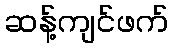
ဆန့်ကျင်ဖက်